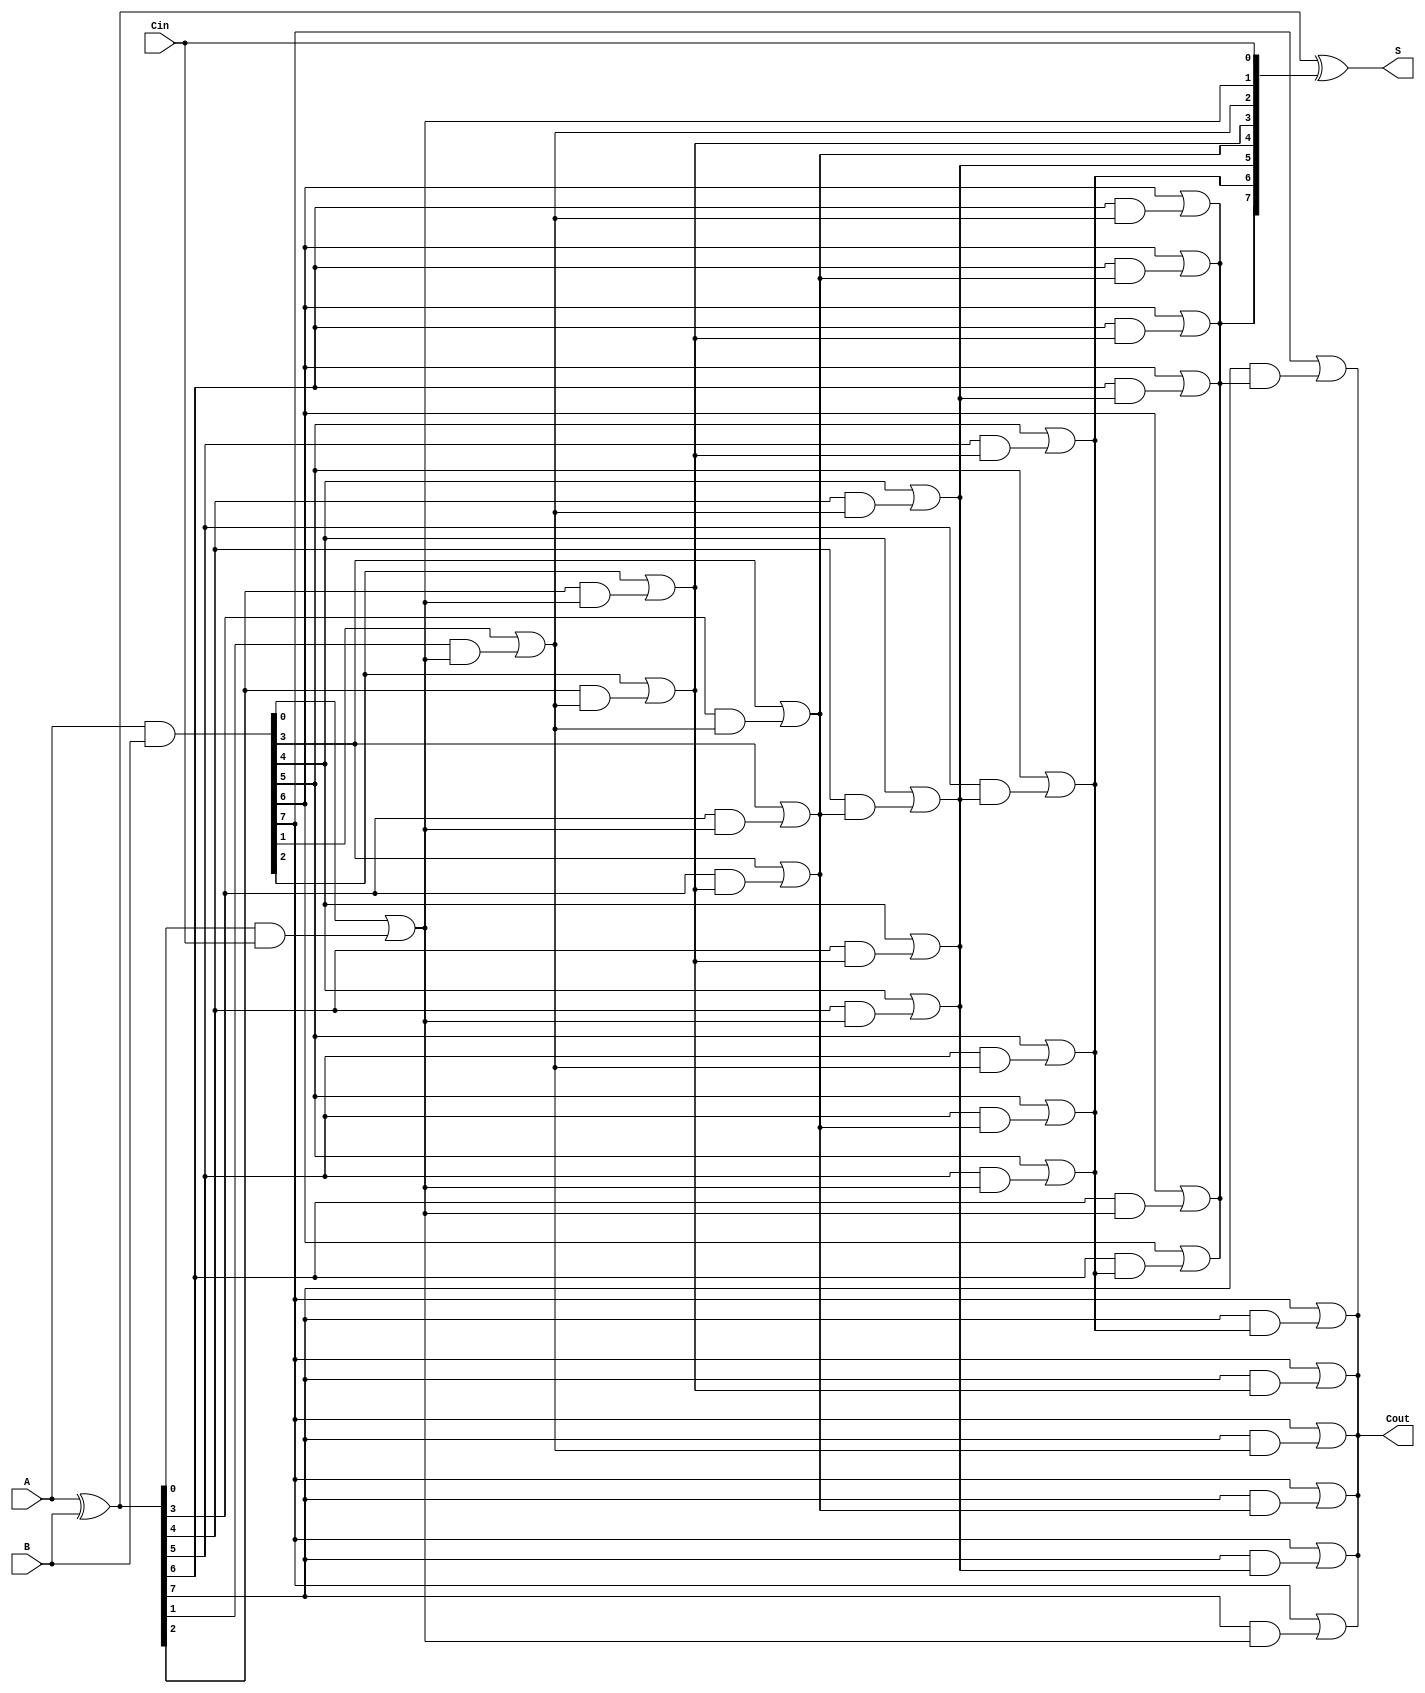
module brent_kung_adder #(parameter n = 8) (
    input [n-1:0] A,      // First operand
    input [n-1:0] B,      // Second operand
    input Cin,            // Carry-in
    output [n-1:0] S,     // Sum output
    output Cout           // Carry-out
);

    // Generate and propagate signals
    wire [n-1:0] G; // Generate
    wire [n-1:0] P; // Propagate
    wire [n:0] C;    // Carry signals

    // Generate and propagate calculations
    assign G = A & B; // Generate
    assign P = A ^ B; // Propagate

    // Carry calculation using Brent-Kung method
    assign C[0] = Cin; // Initial carry-in

    genvar i, j;
    generate
        // First stage of carry generation
        for (i = 0; i < n; i = i + 1) begin: stage1
            if (i == 0) begin
                assign C[i + 1] = G[i] | (P[i] & C[i]);
            end else begin
                assign C[i + 1] = G[i] | (P[i] & C[i]);
            end
        end

        // Additional stages of carry generation
        for (j = 1; j < n; j = j + 1) begin: stages
            for (i = 0; i < n - j; i = i + 1) begin: carry_stage
                assign C[i + j + 1] = G[i + j] | (P[i + j] & C[i + 1]);
            end
        end
    endgenerate

    // Sum calculation
    assign S = P ^ C[n-1:0]; // Sum output
    assign Cout = C[n];      // Final carry-out

endmodule